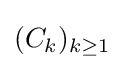
(C_{k})_{k\geq 1}